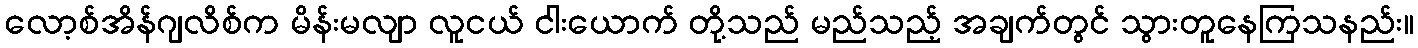
လော့စ်အိန်ဂျလိစ်က မိန်းမလျာ လူငယ် ငါးယောက် တို့သည် မည်သည့် အချက်တွင် သွားတူနေကြသနည်း။